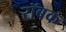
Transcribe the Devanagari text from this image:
रॉबक